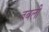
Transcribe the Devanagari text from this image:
तबली